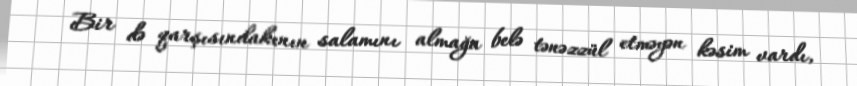
Bir də qarşısındakının salamını almağa belə tənəzzül etməyən kəsim vardı,